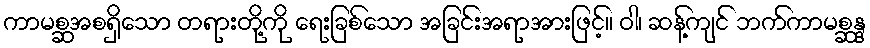
ကာမစ္ဆအစရှိသော တရားတို့ကို ရေးခြစ်သော အခြင်းအရာအားဖြင့်။ ဝါ၊ ဆန့်ကျင် ဘက်ကာမစ္ဆန္ဒ